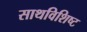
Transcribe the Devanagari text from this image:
साथविशिष्ट